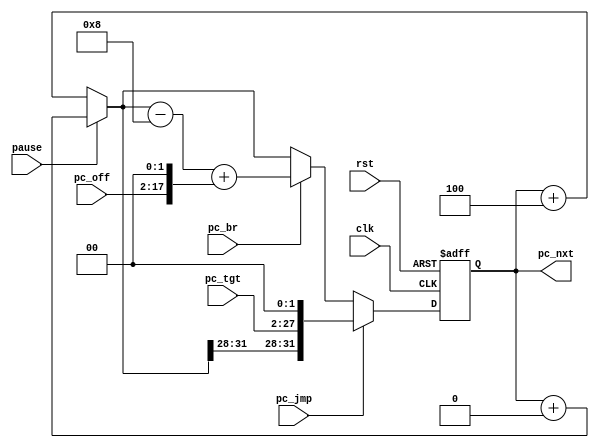
`timescale 1ns / 1ps

// PC

module pc(
    input clk,
    input rst,
    
    input pc_jmp,               // brUnitjmp
    input pc_br,                // brUnitbranch
    input [25: 0] pc_tgt,       // instruction[25: 0]
    input [15: 0] pc_off,       // instruction[15: 0]
    input pause, //
//    input [31: 0] sel_4_0,      // +4+0 -----------------------------------------------------
    
    output [31: 0] pc_nxt       // pc
    );
    
    reg [31: 0] pc_reg;         // PC
    
    wire [31: 0] pc_ds;
    assign pc_ds = (pause == 1) ? pc_reg + 32'h0 : pc_reg + 32'h4;
    
    always @(posedge clk or negedge rst) begin
        if (!rst) pc_reg <= 32'hbfc00000;
        else if(pc_jmp) pc_reg <= {pc_ds[31:28], pc_tgt[25:0], 2'b00};      // pc = pc4  pc_tgt<<2
        else if(pc_br) pc_reg <= pc_ds - 32'h8 + (pc_off << 2);                     // pc = pc_off<<2 + pc + 4pc
        else pc_reg <= pc_ds;                                               // pc = pc + 4
    end
    
    assign pc_nxt = pc_reg;
    
endmodule